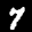
Label: 7